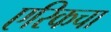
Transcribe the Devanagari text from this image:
एरिकचा